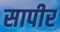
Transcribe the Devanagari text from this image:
सापीर